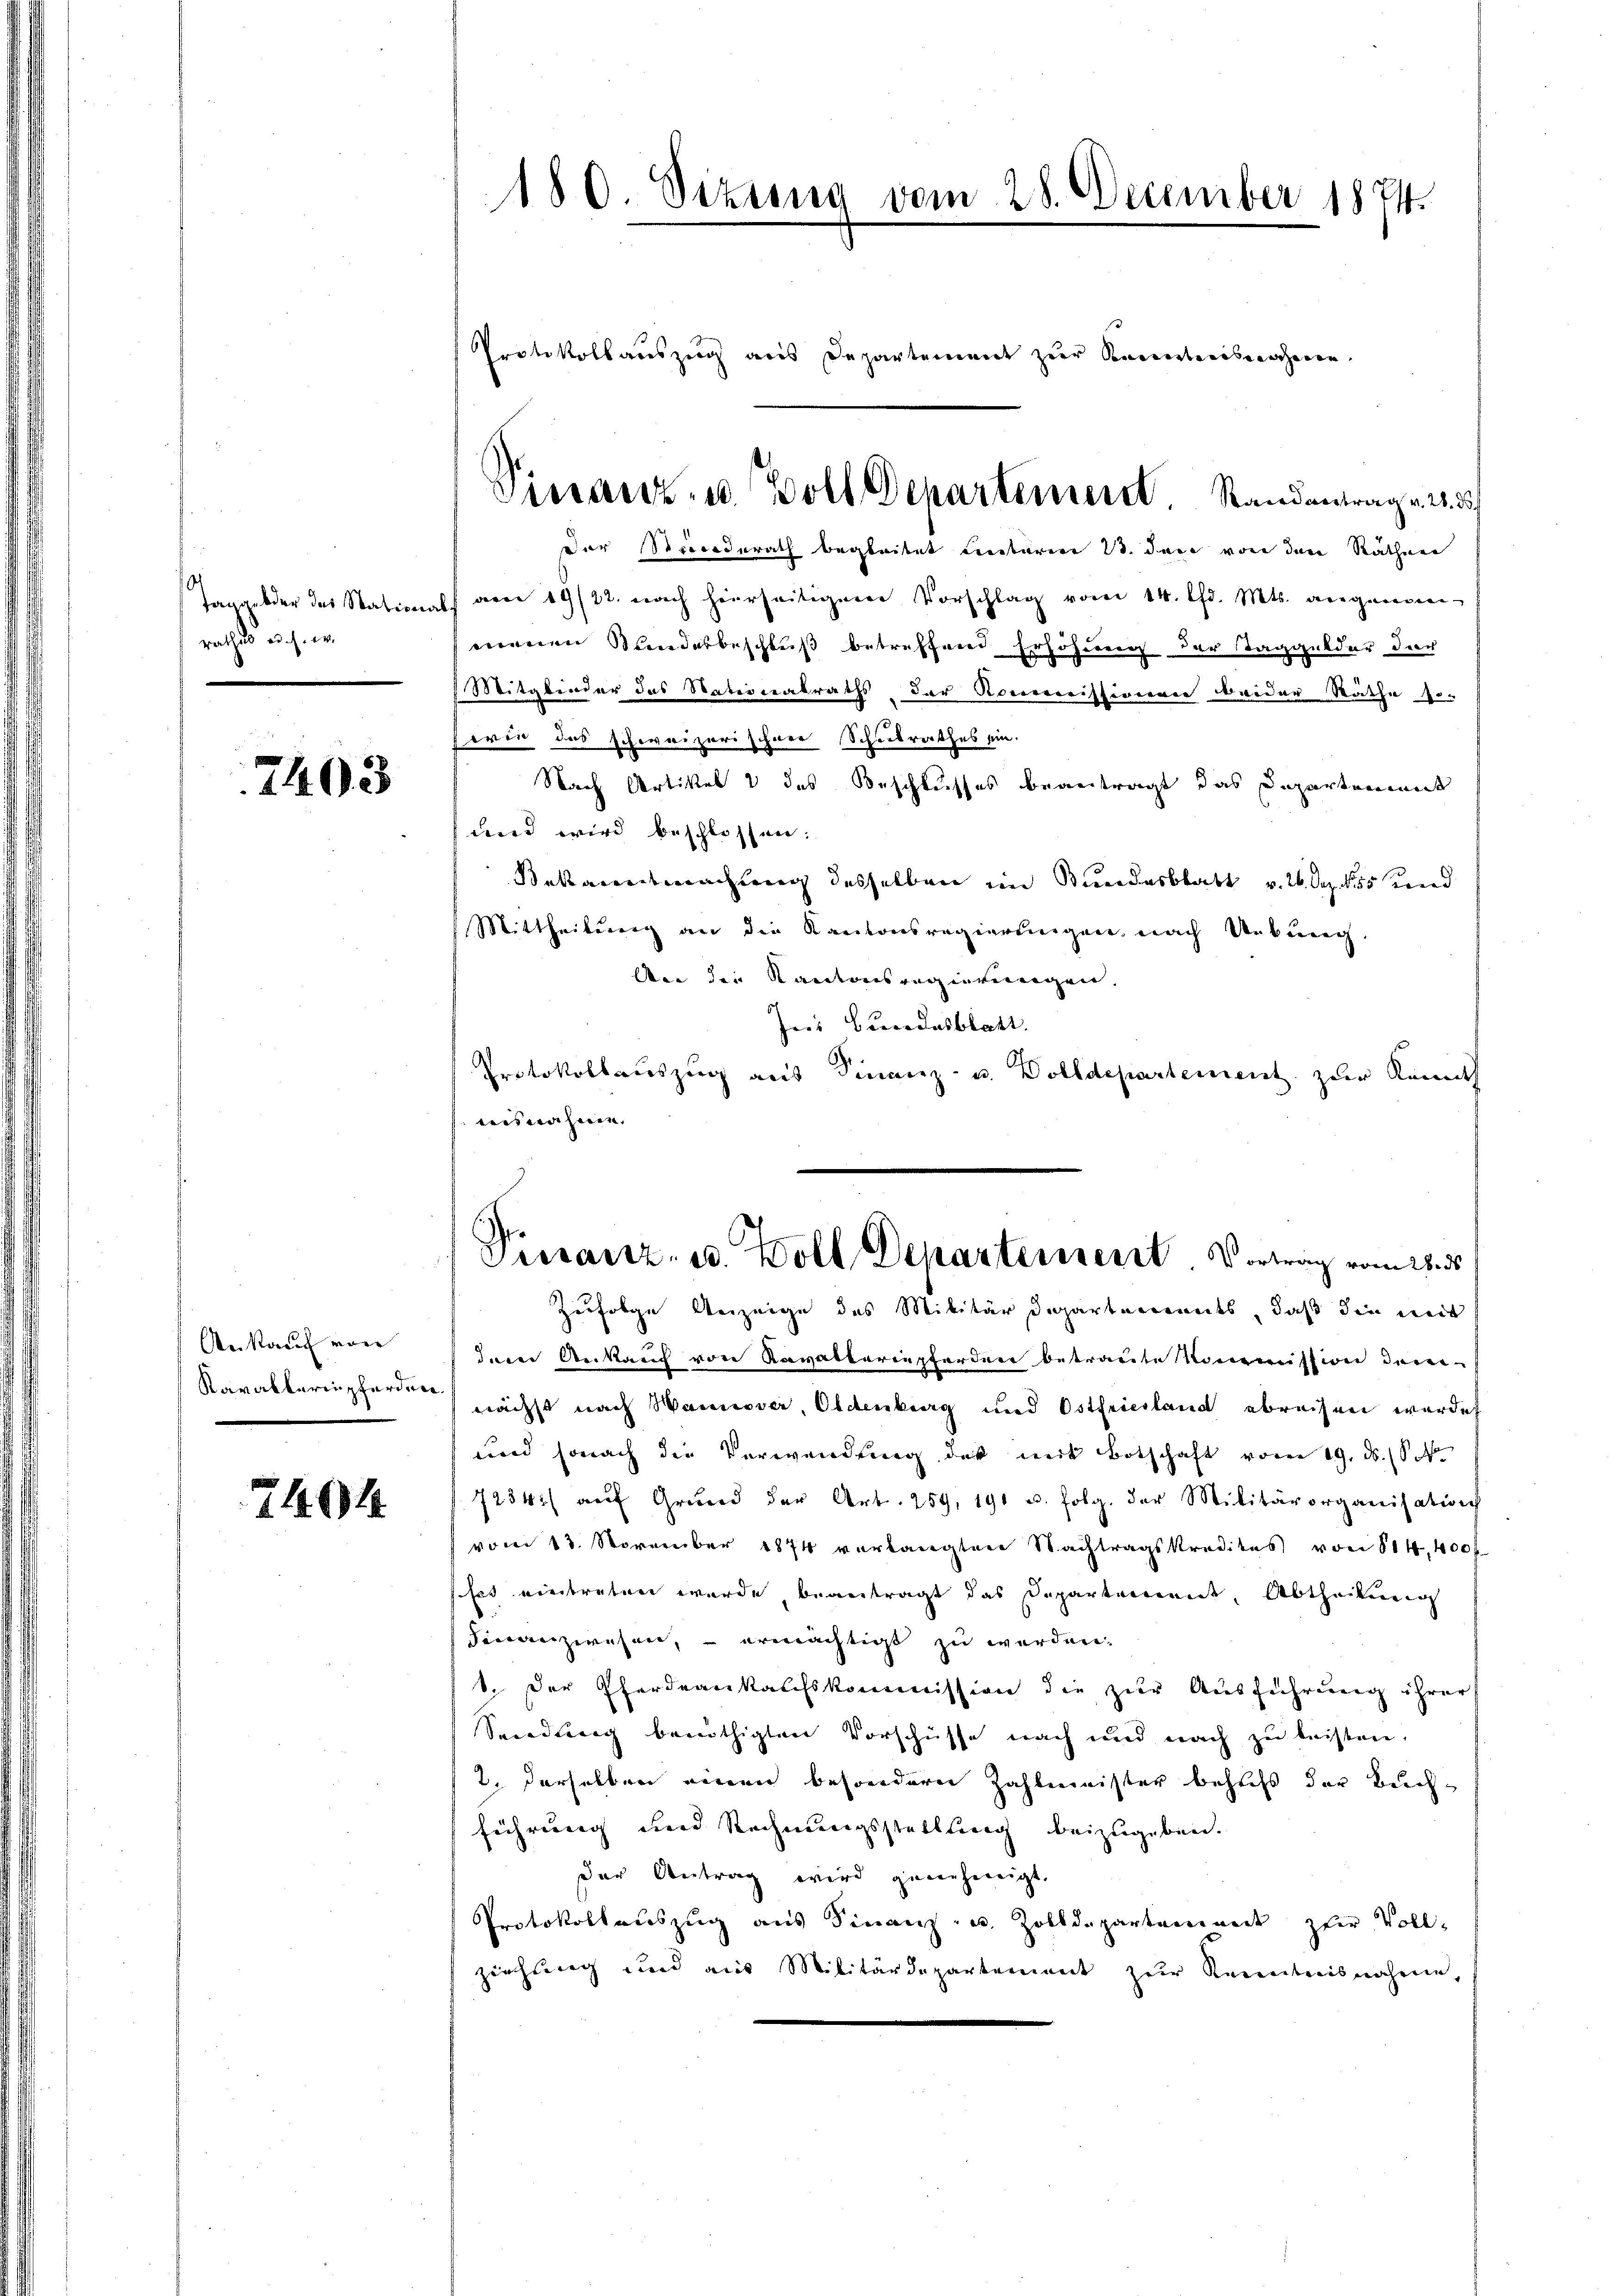
Taggelder des Station
rathes auch w

7403

Ankauf von
Kavalleringherden.

7404

180. Sizung vom 28. December 1874.

Protokollauszug aus Departement zur Kenweisnahmen.
Der recederath begleitet Lentarien 1. dann von den Räthen
f am 19/22. nach hierseitiger Vorschlag vom 14. lfd. Mts. angemein-
menen Mandesbeschluß betreffend Erhöhnung der Taggelder der
) Mitglieder das Nationalraths der Kommissionen beider Räthe so-
wen das schweizerischner Schulrathes ein.
Nach Artikel 2 des Beschlusses beantragt das Departement
dner wird beschlossen.
Bekanntmachung desselben im Stundesblatt v. 26. Dez. 15 und
Mittheilung an die Kantonsregierungen nach Uebung.
Aer die Kantonsregierungen.
Ins Bundesblatt.
Protokollauszug aus Finanz- u. Dolldepartement zur kannt
nisnahmen.
Pierartz- u. Boll Departement. Vortrag vom 25. ds
Zufolge Anzeige des Militärdepartemendes, daß die weit
dner Ankauf von Ravatteriepferden betraute Kommission deren-
nächst nach Wannover, Oldenburg und Ostfriesland abreisen werdet
und sonach die Verwendung der mit Botschaft vom 19. ds.
7234/ aŭf Grŭnd der Art. 259. 191 u. folg. der Militärorganisation
vom 13. November 1874 verlangten Nachtragskredites von 814, 400 f
ses eintreten wurde, beantragt das Departement, Abtheilung
Finanzwesen, - ermächtigt zu werden.
1. Der Pferdeaukaufskommission die zur Ausführung ihrer
Secederung benöthigten Vorschüsse nach und nach zu leisten,
2. Derselben einen besondern Zahlmeister behufs der Buchführung und Rechnungsstellung beizugeben.
der Antrag wird genehmigt.
Protokollauszug aus Finanz- und Zolldepartement zur Vollziehung und aus Militärdepartement zur Kenntnisnahme,

Vinanz- u. Boll Departement. Randantrag v. 2. 3.